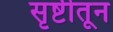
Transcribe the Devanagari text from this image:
सृष्टीतून